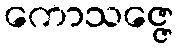
ကောသဇ္ဇေ